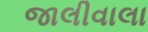
જાલીવાલા